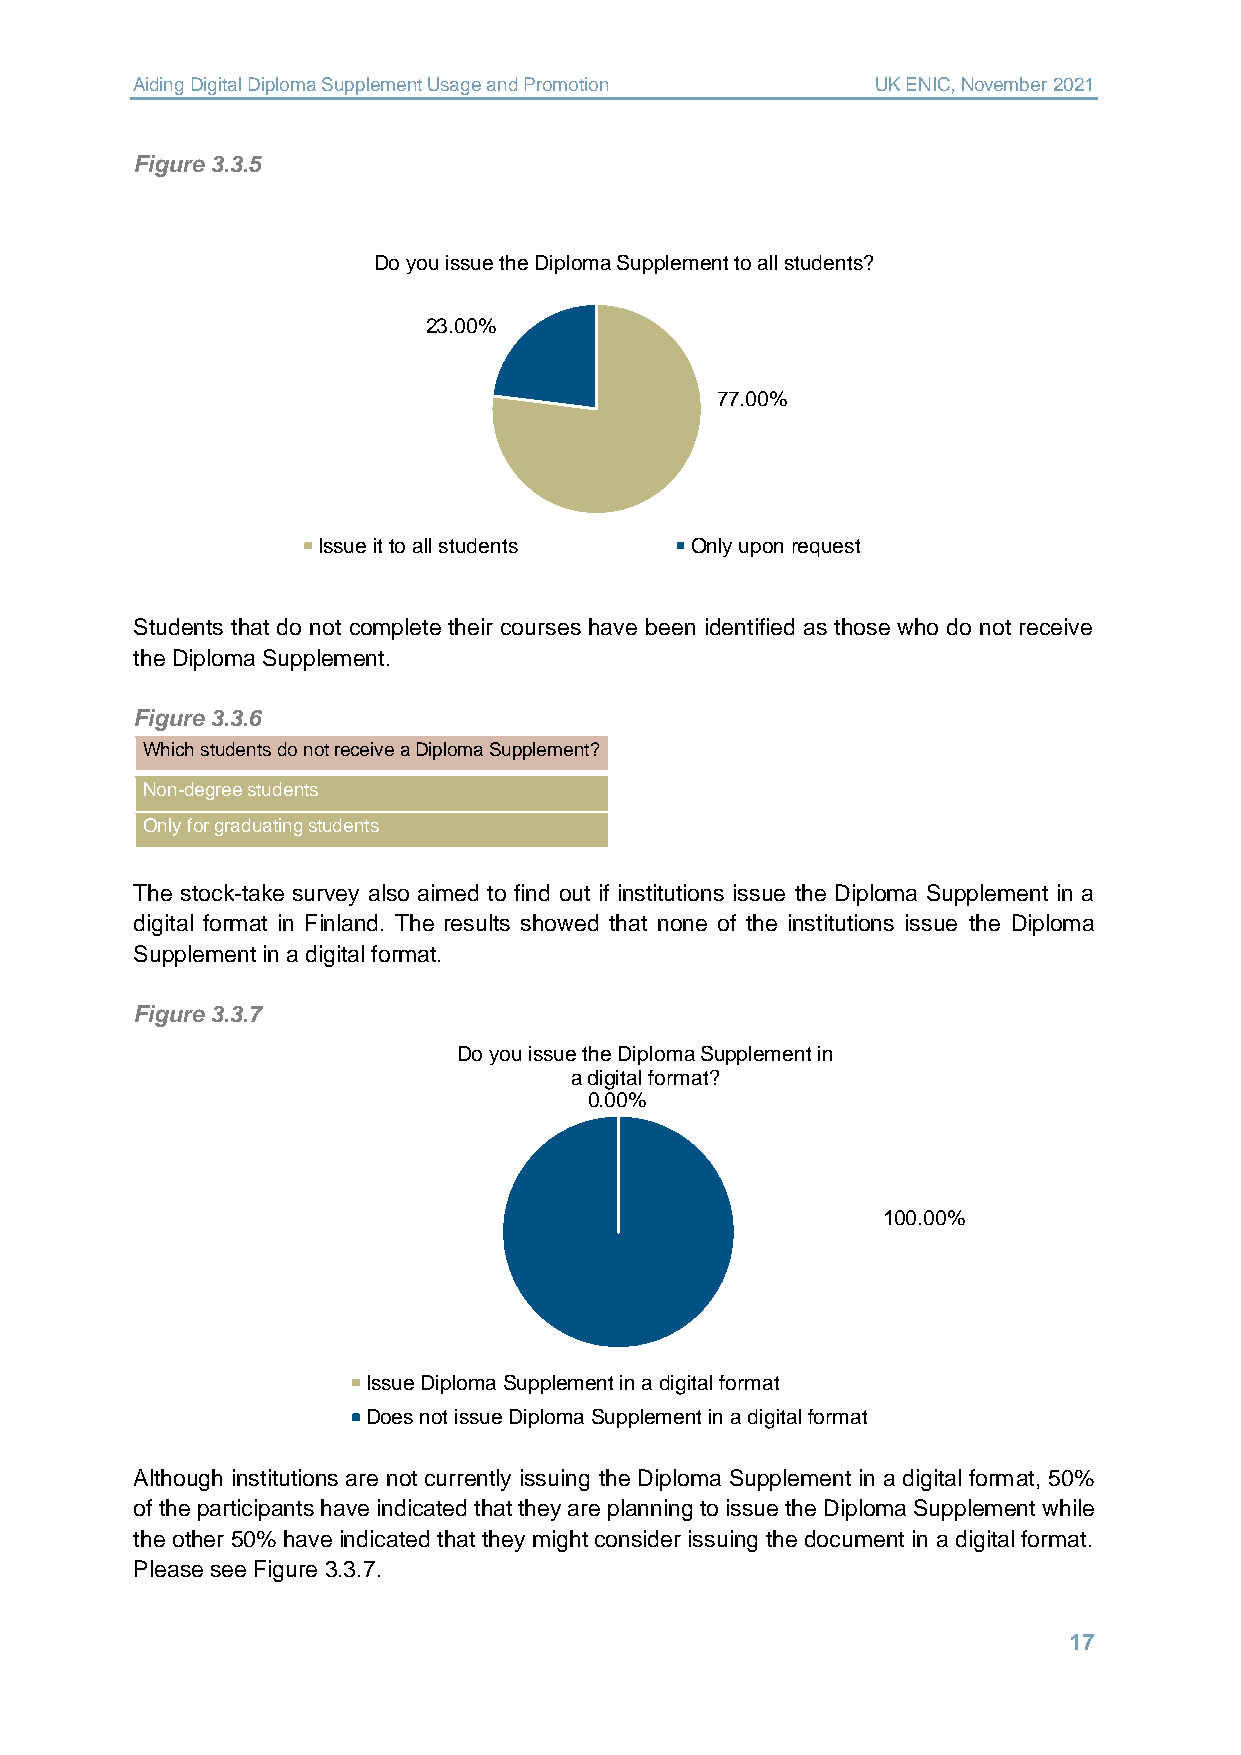
Aiding Digital Diploma Supplement Usage and Promotion UK ENIC, November 2021
 Figure 3.3.5
 Do you issue the Diploma Supplement to all students?
 23.00%
 77.00%
 Issue it to all students Only upon request
 Students that do not complete their courses have been identified as those who do not receive
 the Diploma Supplement.
 Figure 3.3.6
 Which students do not receive a Diploma Supplement?
 Non-degree students
 Only for graduating students
 The stock-take survey also aimed to find out if institutions issue the Diploma Supplement in a
 digital format in Finland. The results showed that none of the institutions issue the Diploma
 Supplement in a digital format.
 Figure 3.3.7
 Do you issue the Diploma Supplement in
 a digital format?
 0.00%
 100.00%
 Issue Diploma Supplement in a digital format
 Does not issue Diploma Supplement in a digital format
 Although institutions are not currently issuing the Diploma Supplement in a digital format, 50%
 of the participants have indicated that they are planning to issue the Diploma Supplement while
 the other 50% have indicated that they might consider issuing the document in a digital format.
 Please see Figure 3.3.7.
 17